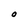
Character: O